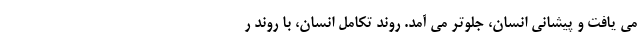
می یافت و پیشانی انسان، جلوتر می آمد. روند تکامل انسان، با روند ر